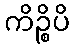
ကိဉ္စိပိ